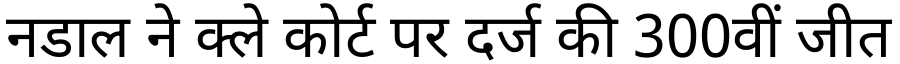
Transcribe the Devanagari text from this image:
नडाल ने क्ले कोर्ट पर दर्ज की 300वीं जीत